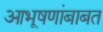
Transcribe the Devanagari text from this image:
आभूषणांबाबत